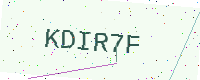
Text: KDIR7F